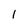
Character: 1